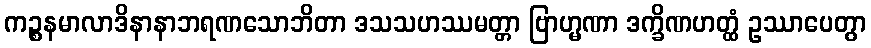
ကဉ္စနမာလာဒိနာနာဘရဏသောဘိတာ ဒသသဟဿမတ္တာ ဗြာဟ္မဏာ ဒက္ခိဏဟတ္ထံ ဥဿာပေတွာ